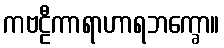
ကဗဠီကာရာဟာရဘက္ခော။